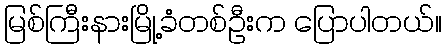
မြစ်ကြီးနားမြို့ခံတစ်ဦးက ပြောပါတယ်။